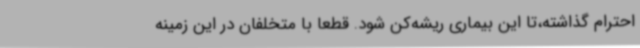
احترام گذاشته،تا این بیماری ریشه‌کن شود. قطعا با متخلفان در این زمینه